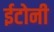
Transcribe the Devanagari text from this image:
ईटोनी